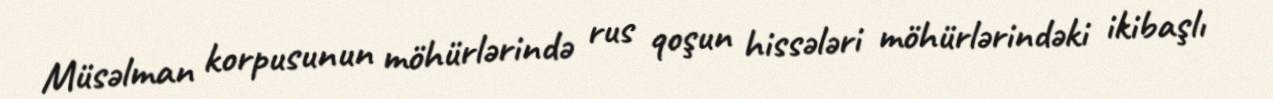
Müsəlman korpusunun möhürlərində rus qoşun hissələri möhürlərindəki ikibaşlı